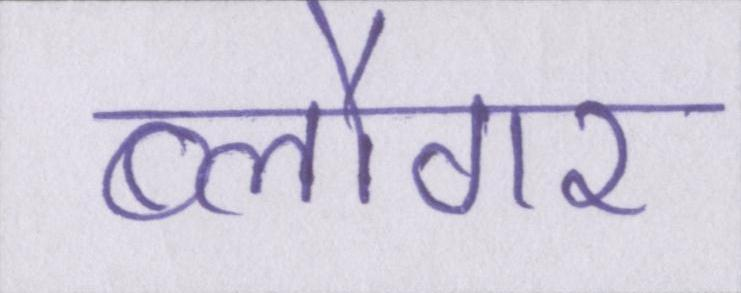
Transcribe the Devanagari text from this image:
ब्लौगर